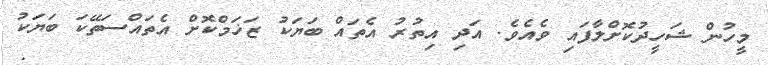
މީހުން ޝަހީދުކޮށްލާފައި ވެއެވެ. އަދި އިތުރު އެތައް ބަޔަކު ޒަޚަމްކޮށް އެތައްސަތޭކަ ބަޔަކު